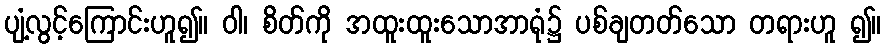
ပျံ့လွင့်ကြောင်းဟူ၍။ ဝါ၊ စိတ်ကို အထူးထူးသောအာရုံ၌ ပစ်ချတတ်သော တရားဟူ ၍။